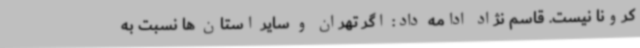
کرونا نیست. قاسم نژاد ادامه داد: اگر تهران و سایر استان ها نسبت به